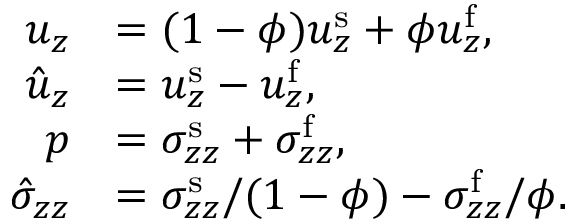
\begin{array} { r l } { u _ { z } } & { = ( 1 - \phi ) u _ { z } ^ { \mathrm { s } } + \phi u _ { z } ^ { \mathrm { f } } , } \\ { \hat { u } _ { z } } & { = u _ { z } ^ { \mathrm { s } } - u _ { z } ^ { \mathrm { f } } , } \\ { p } & { = \sigma _ { z z } ^ { \mathrm { s } } + \sigma _ { z z } ^ { \mathrm { f } } , } \\ { \hat { \sigma } _ { z z } } & { = \sigma _ { z z } ^ { \mathrm { s } } / ( 1 - \phi ) - \sigma _ { z z } ^ { \mathrm { f } } / \phi . } \end{array}